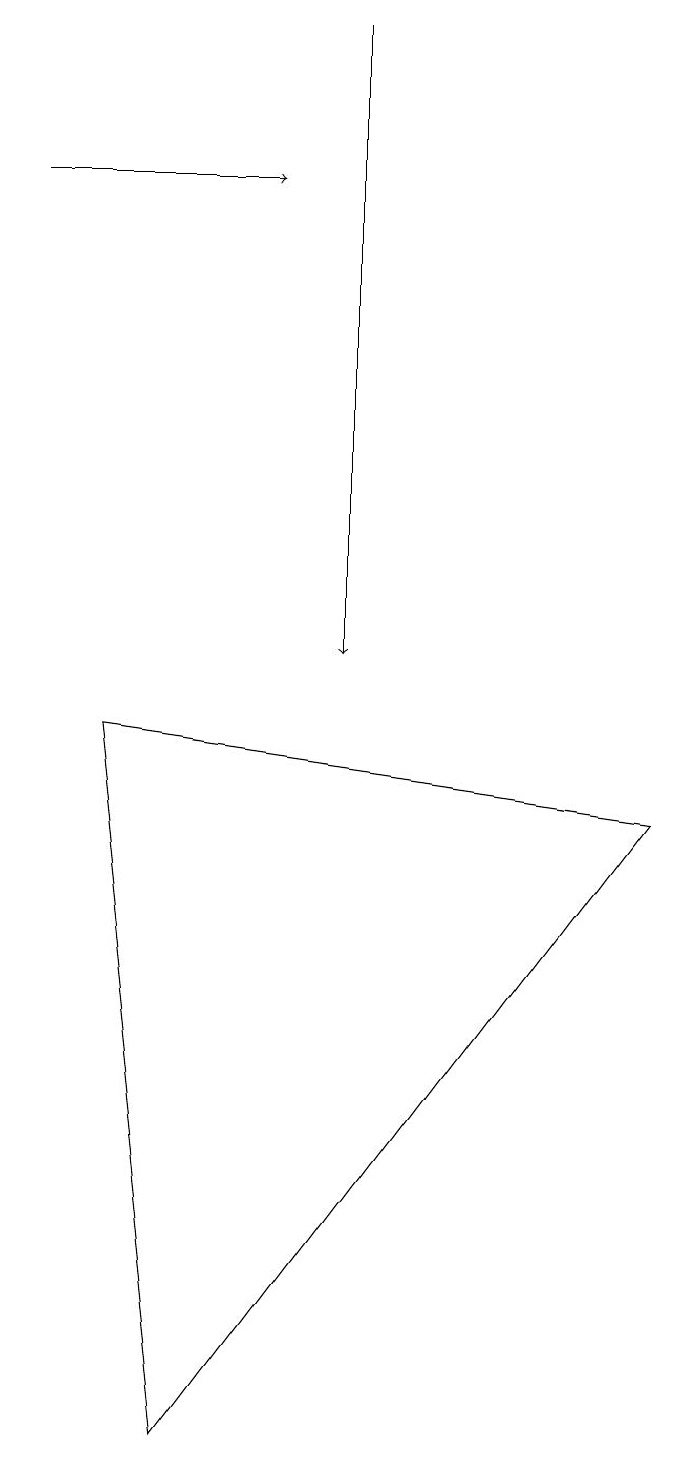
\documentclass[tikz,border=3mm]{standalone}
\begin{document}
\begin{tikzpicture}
\draw[->] (0,16) -- (3,16);
\draw (8,8) -- (2,0) -- (1,9) -- cycle;
\draw[->] (4,18) -- (4,10);
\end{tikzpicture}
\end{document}